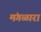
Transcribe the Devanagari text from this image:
मंगळारा